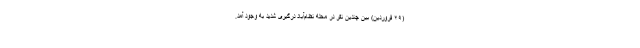
(۲۹ فروردین) بین چندین نفر در محله نظام‌آباد درگیری شدید به وجود آمد.